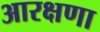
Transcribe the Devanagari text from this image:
आरक्षणा